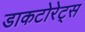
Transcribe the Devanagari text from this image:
डाकटोरेट्स